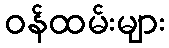
ဝန်ထမ်းများ